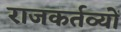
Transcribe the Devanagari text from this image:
राजकर्तव्यों